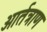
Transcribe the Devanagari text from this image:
आर्तत्राण